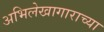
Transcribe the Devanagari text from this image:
अभिलेखागाराच्या